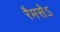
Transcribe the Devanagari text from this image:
रैमसेऽ